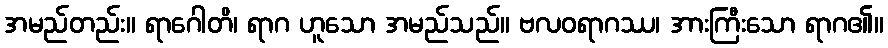
အမည်တည်း။ ရာဂေါတိ၊ ရာဂ ဟူသော အမည်သည်။ ဗလဝရာဂဿ၊ အားကြီးသော ရာဂ၏။